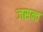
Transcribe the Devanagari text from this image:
जसन्त